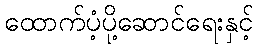
ထောက်ပံ့ပို့ဆောင်ရေးနှင့်